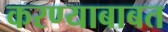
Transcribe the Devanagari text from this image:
करण्‍याबाबत